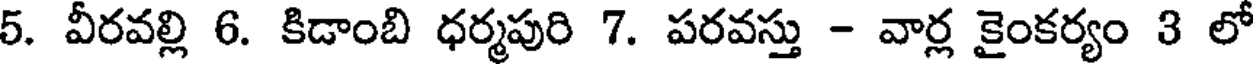
5. వీరవల్లి 6. కిడాంబి ధర్మపురి 7. పరవస్తు - వార్ల కైంకర్యం 3 లో